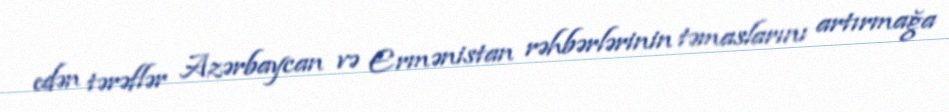
edən tərəflər Azərbaycan və Ermənistan rəhbərlərinin təmaslarını artırmağa